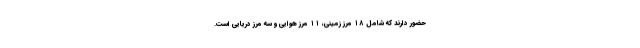
حضور دارند که شامل ۱۸ مرز زمینی، ۱۱ مرز هوایی و سه مرز دریایی است.